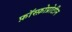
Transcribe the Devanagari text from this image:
फ़ॉस्फ़ोप्रोटीन